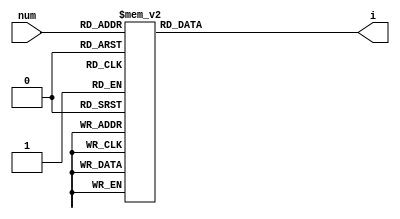
`timescale 1ns / 1ps
//////////////////////////////////////////////////////////////////////////////////
// Company: 
// Engineer: 
// 
// Design Name: 
// Module Name: decoder
// Project Name: 
// Target Devices: 
// Tool Versions: 
// Description: 
// 
// Dependencies: 
// 
// Revision:
// Revision 0.01 - File Created
// Additional Comments:
// 
//////////////////////////////////////////////////////////////////////////////////


module decoder(
    input [4:0] num,
    output reg [15:0] i
    );
    
always@(*) begin
    case(num)
    5'b0000: i=16'b0000_0000_0000_0000;
    5'b0001: i=16'b0000_0000_0000_0001;
    5'b0010: i=16'b0000_0000_0000_0011;
    5'b0011: i=16'b0000_0000_0000_0111;
    5'b0100: i=16'b0000_0000_0000_1111;
    5'b0101: i=16'b0000_0000_0001_1111;
    5'b0110: i=16'b0000_0000_0011_1111;
    5'b0111: i=16'b0000_0000_0111_1111;
    5'b1000: i=16'b0000_0000_1111_1111;
    5'b1001: i=16'b0000_0001_1111_1111;
    5'b1010: i=16'b0000_0011_1111_1111;
    5'b1011: i=16'b0000_0111_1111_1111;
    5'b1100: i=16'b0000_1111_1111_1111;
    5'b1101: i=16'b0001_1111_1111_1111;
    5'b1110: i=16'b0011_1111_1111_1111;
    5'b1111: i=16'b0111_1111_1111_1111;
    5'b10000: i=16'b1111_1111_1111_1111;
    default: i=16'b1111_1111_1111_1111;
    endcase
end
endmodule